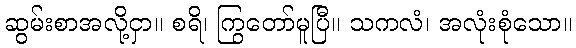
ဆွမ်းစာအလို့ငှာ။ စရိ၊ ကြွတော်မူပြီ။ သကလံ၊ အလုံးစုံသော။